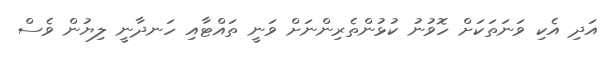
އަދި އެކި ވަނަތަކަށް ހޮވުނު ކުޅުންތެރިންނަށް ވަނީ ތައްޓާއި ހަނދާނީ ލިޔުން ވެސް